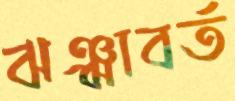
ঝঞ্ঝাবর্ত